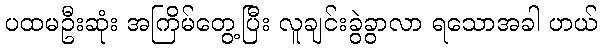
ပထမဦးဆုံး အကြိမ်တွေ့ပြီး လူချင်းခွဲခွာလာ ရသောအခါ ဟယ်